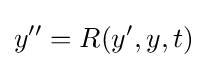
y''=R(y',y,t)